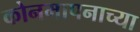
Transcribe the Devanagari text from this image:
कोनमापनाच्या